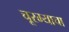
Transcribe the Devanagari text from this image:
चूरम्याचा